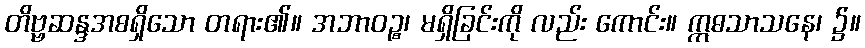
တိဗ္ဗဆန္ဒအစရှိသော တရား၏။ အဘာဝဉ္စ၊ မရှိခြင်းကို လည်း ကောင်း။ ဣဓသာသနေ၊ ၌။